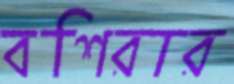
বশিরার